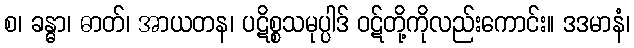
စ၊ ခန္ဓာ၊ ဓာတ်၊ အာယတန၊ ပဋိစ္စသမုပ္ပါဒ် ဝဋ်တို့ကိုလည်းကောင်း။ ဒဒမာနံ၊